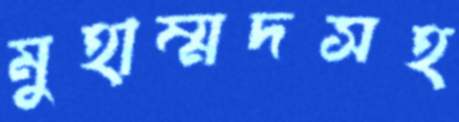
মুহাম্মদসহ